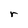
Character: r